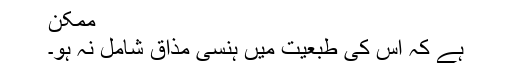
ممکن
ہے کہ اس کی طبعیت میں ہنسی مذاق شامل نہ ہو۔